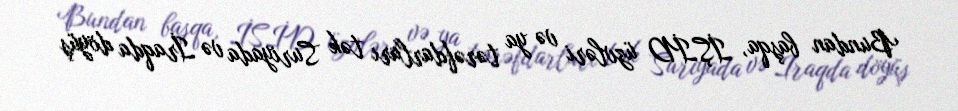
Bundan başqa, İŞİD üzvləri və ya tərəfdarları tək Suriyada və İraqda döyüş